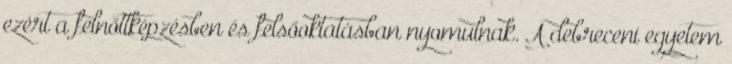
ezért a felnőttképzésben és felsőoktatásban nyomulnak. A debreceni egyetem